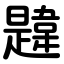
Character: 韙